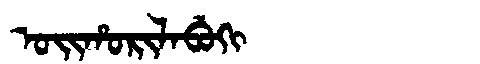
Manchu: ᠣᡳᡥᠣᡵᡳᠯᠠᠪᡠᡴᡳ
Romanization: OIHORILABUKI